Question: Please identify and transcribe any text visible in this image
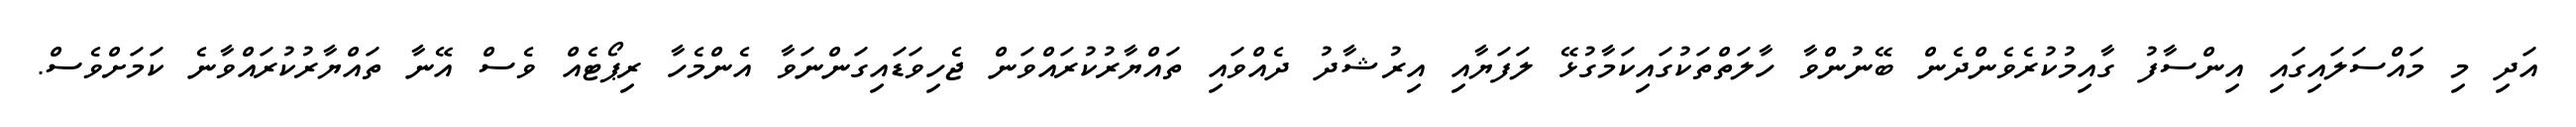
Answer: އަދި މި މައްސަލައިގައި އިންސާފު ގާއިމުކުރެވެންދެން ބޭނުންވާ ހާލަތްތަކުގައިކަމާގުޅޭ ލަފަޔާއި އިރުޝާދު ދެއްވައި ތައްޔާރުކުރައްވަން ޖެހިވަޑައިގަންނަވާ އެންމެހާ ރިޕޯޓެއް ވެސް އޭނާ ތައްޔާރުކުރައްވާނެ ކަމަށްވެސް.